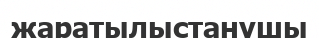
жаратылыстанушы